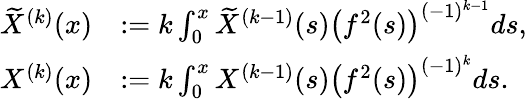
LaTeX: \begin{array}{rl}{\widetilde{X}^{(k)}(x)}&{:=k\int_{0}^{x}\widetilde{X}^{(k-1)}(s)\left(f^{2}(s)\right)^{(-1)^{k-1}}ds,}\\ {X^{(k)}(x)}&{:=k\int_{0}^{x}X^{(k-1)}(s)\left(f^{2}(s)\right)^{(-1)^{k}}ds.}\end{array}